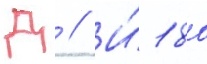
Д // И́ 180